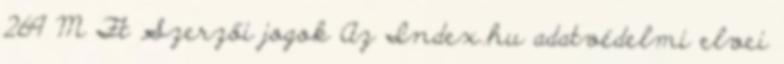
269 M Ft Szerzői jogok Az Index.hu adatvédelmi elvei